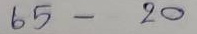
65 - 20